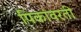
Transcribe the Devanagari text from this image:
पिकांवरती